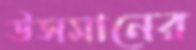
উসমানের